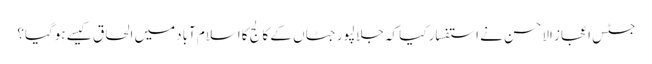
جسٹس اعجاز الاحسن نے استفسار کیا کہ جلالپورجٹاں کے کالج کااسلام آبادمیں الحاق کیسے ہوگیا؟